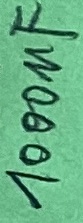
Text: 1000µF